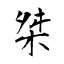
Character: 桀